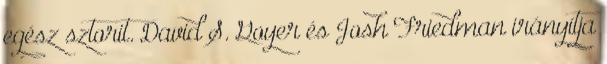
egész sztorit. David S. Goyer és Josh Friedman irányítja